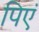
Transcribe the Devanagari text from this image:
पिएं